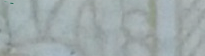
مستشفى الأمل